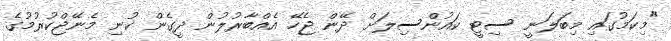
"މިކަމުގައި މިބަލަނީ ސިޓީ ކައުންސިލަށް ދޭން ޖެހޭ އެއްބާރުލުން ދީގެން ކުނި މެނޭޖްކުރުމުގެ